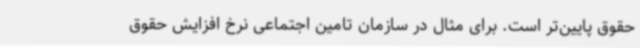
حقوق پایین‌تر است. برای مثال در سازمان تامین اجتماعی نرخ افزایش حقوق